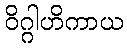
ဝိဂ္ဂါဟိကာယ